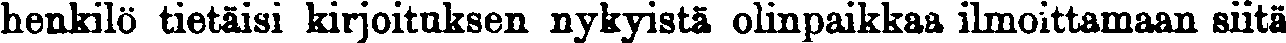
henkilö tietäisi kirjoituksen nykyistä olinpaikkaa ilmoittamaan siitä